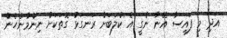
އަދި މި ފައިސާ އޭނާ ނެގީ އެ ކްލަބަށް ރަނގަޅު ގޮތަކަށް ނިންމާނެހެން